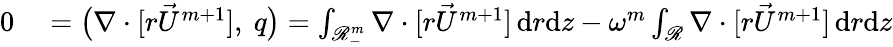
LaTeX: \begin{array}{rl}{0}&{{}=\big(\nabla\cdot[r\vec{U}^{m+1}],~q\big)=\int_{\mathscr{R}_{-}^{m}}\nabla\cdot[r\vec{U}^{m+1}]\, \mathrm{d}r\mathrm{d}z-\omega^{m}\int_{\mathscr{R}}\nabla\cdot[r\vec{U}^{m+1}]\, \mathrm{d}r\mathrm{d}z}\end{array}